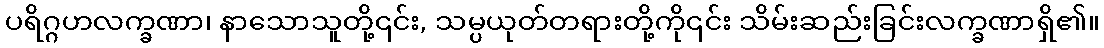
ပရိဂ္ဂဟလက္ခဏာ၊ နာသောသူတို့၎င်း, သမ္ပယုတ်တရားတို့ကို၎င်း သိမ်းဆည်းခြင်းလက္ခဏာရှိ၏။